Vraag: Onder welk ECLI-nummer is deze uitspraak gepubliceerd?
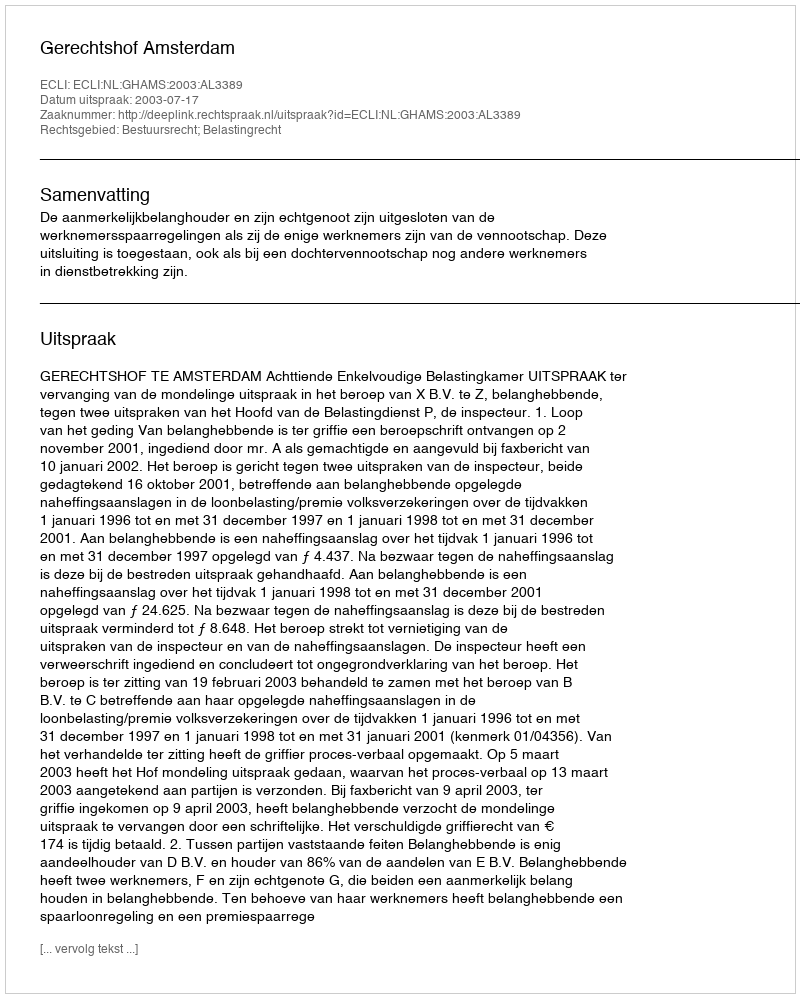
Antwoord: ECLI:NL:GHAMS:2003:AL3389